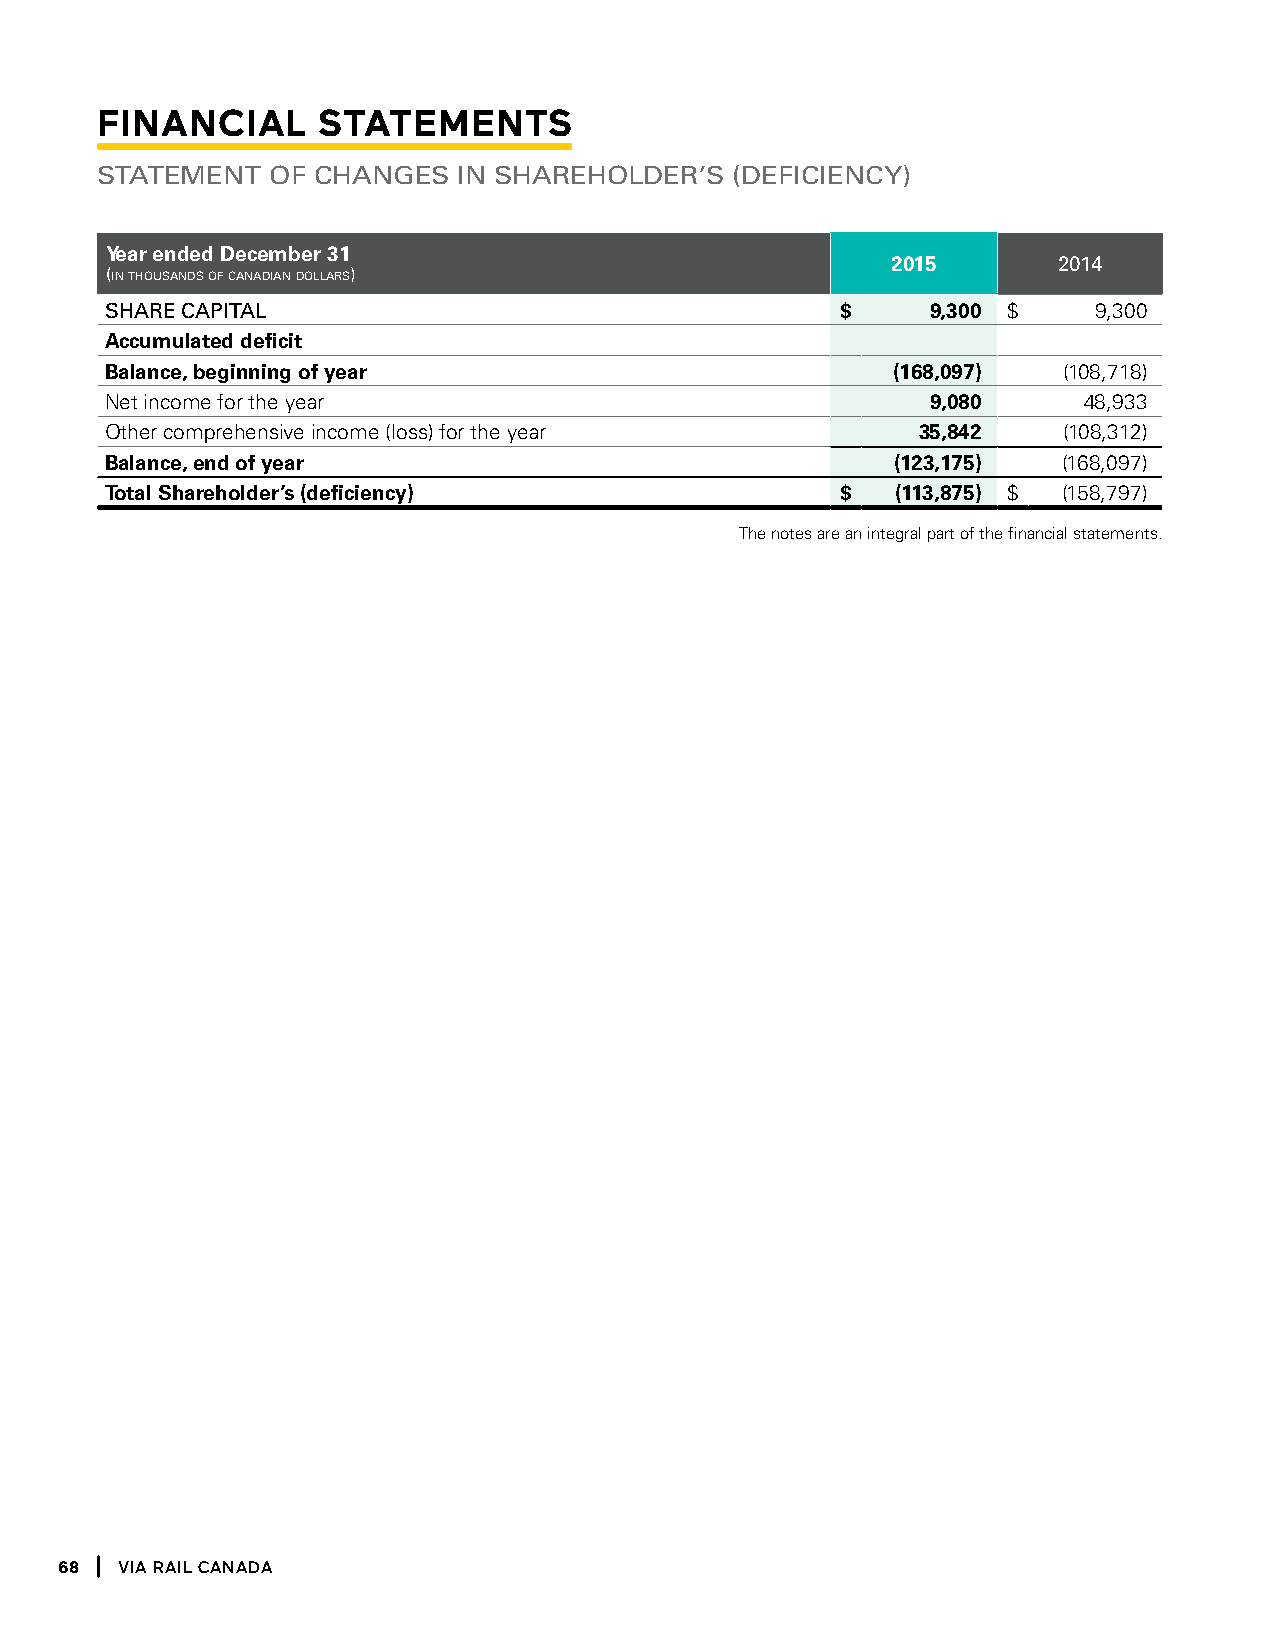
Financial      stateMents
 Statement   of changeS  in Shareholder’S  (deficiencY)
 Year ended December 31
 2015       2014
 (in thousands of canadian dollars)
 Share caPital                                    $     9,300 $   9,300
 Accumulated deficit
 Balance, beginning of year                          (168,097)  (108,718)
 Net income for the year                                9,080     48,933
 Other comprehensive income (loss) for the year        35,842   (108,312)
 Balance, end of year                                (123,175)  (168,097)
 Total Shareholder’s (deficiency)                 $  (113,875) $ (158,797)
 The notes are an integral part of the financial statements.
 68  Via Rail Canada